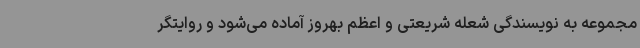
مجموعه به نویسندگی شعله شریعتی و اعظم بهروز آماده می‌شود و روایتگر